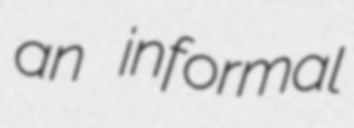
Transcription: an informal